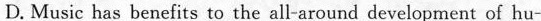
D. Music has benefits to the all-around development of hu-